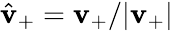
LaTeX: \hat{\mathbf v}_{+}={\mathbf v}_{+}/|{\mathbf v}_{+}|